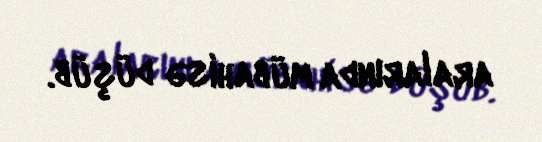
aralarında mübahisə düşüb.